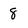
Character: 8